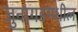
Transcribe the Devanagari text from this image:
जुनागडमधील